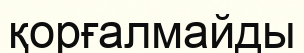
қорғалмайды